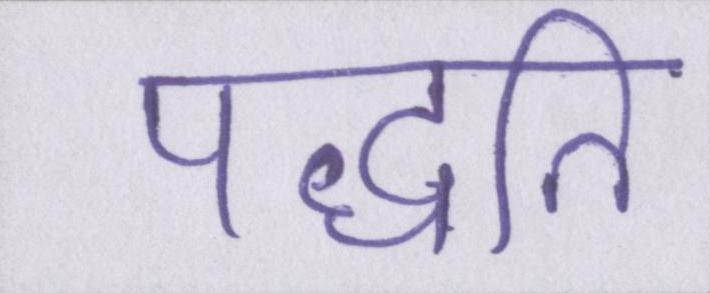
पद्धति